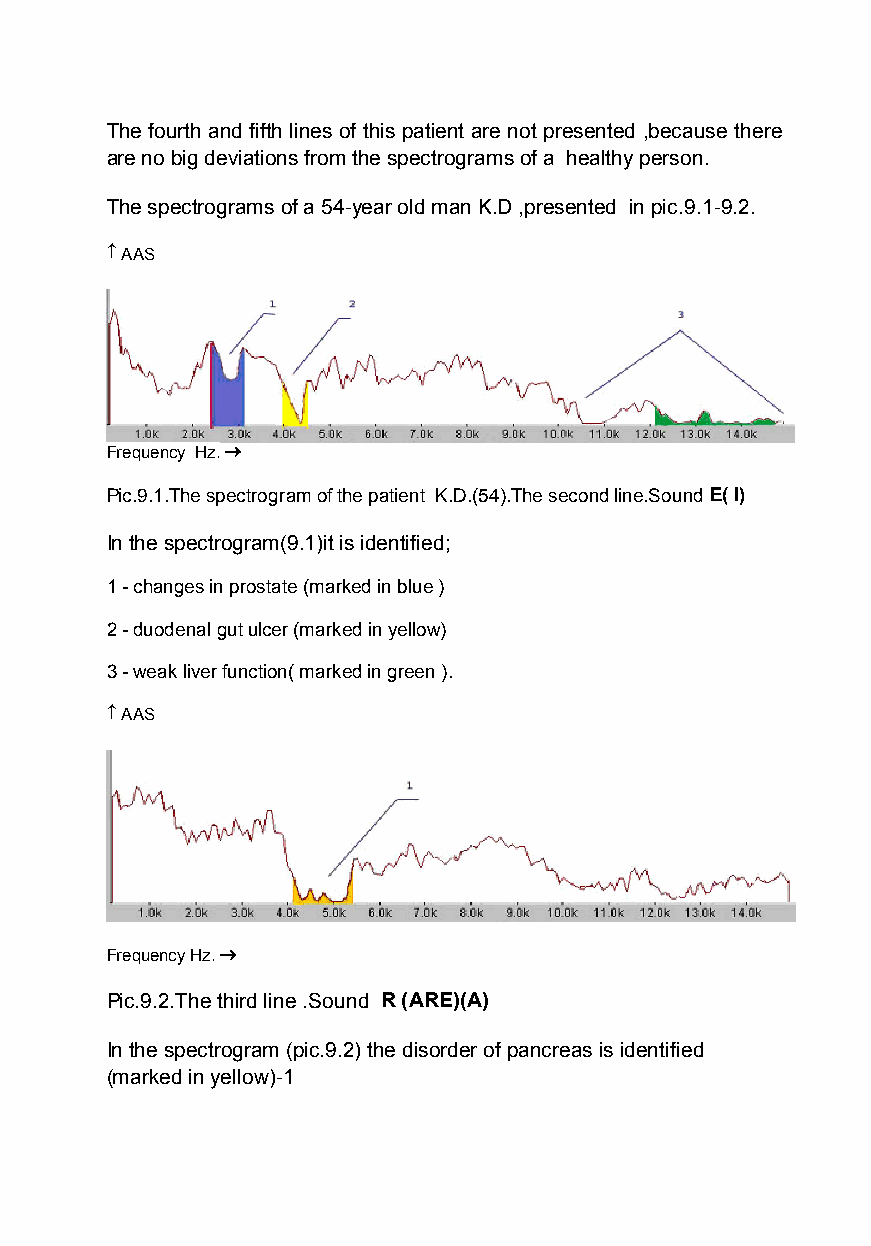
The fourth and fifth lines of this patient are not presented ,because there
 are no big deviations from the spectrograms of a healthy person.
 The spectrograms of a 54-year old man K.D ,presented in pic.9.1-9.2.
  AAS
 Frequency Hz.
 Pic.9.1.The spectrogram of the patient K.D.(54).The second line.SoundE(I)
 In the spectrogram(9.1)it is identified;
 1- changes in prostate (marked in blue )
 2- duodenal gut ulcer (marked in yellow)
 3- weak liver function( marked in green ).
  AAS
 Frequency Hz.
 Pic.9.2.The third line .Sound R (ARE)(A)
 In the spectrogram (pic.9.2) the disorder of pancreas is identified
 (marked in yellow)-1